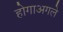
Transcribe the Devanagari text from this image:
होगाअगले